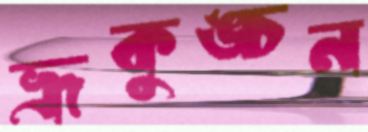
ভ্রূকুঙ্চন